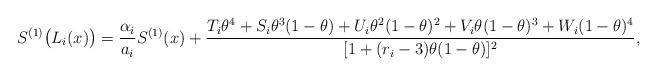
LaTeX: \begin{align*} S^{(1)}\big(L_i(x)\big) = \frac{\alpha_i}{a_i} S^{(1)}(x) + \frac{ T_i \theta^4 + S_i \theta^3 (1-\theta) + U_i \theta^2 (1-\theta)^2 + V_i \theta (1-\theta)^3 + W_i (1-\theta)^4}{[ 1 + (r_i -3 ) \theta (1-\theta)]^2 },\end{align*}